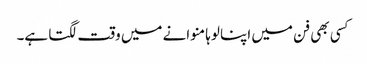
کسی بھی فن میں اپنا لوہا منوانے میں وقت لگتا ہے۔